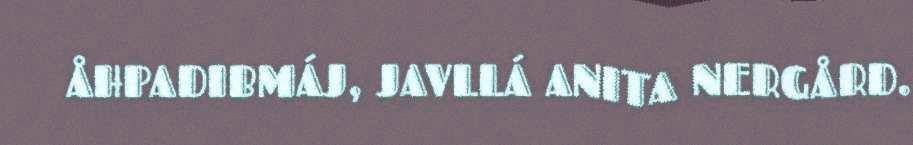
ÅHPADIBMÁJ, JAVLLÁ ANITA NERGÅRD.